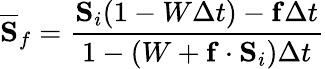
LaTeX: \overline{{\mathbf S}}_{f}=\frac{{\mathbf S}_{i}(1-W\Delta t)-{\mathbf f}\Delta t}{1-(W+{\mathbf f}\cdot{\mathbf S}_{i})\Delta t}